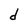
Character: d